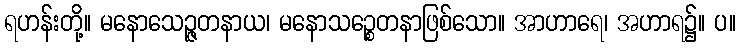
ရဟန်းတို့။ မနောသေဉ္ဇတနာယ၊ မနောသဉ္စေတနာဖြစ်သော။ အာဟာရေ၊ အဟာရ၌။ ပ။